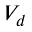
V _ { d }